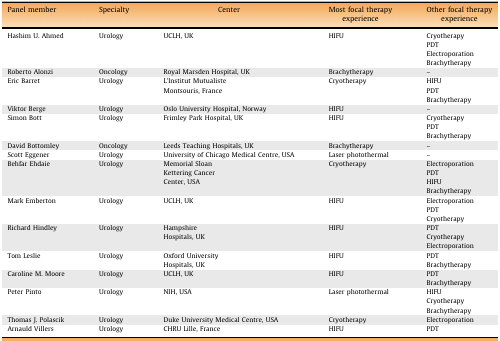
<table><thead><tr><td><b>Panel member</b></td><td><b>Specialty</b></td><td><b>Center</b></td><td><b>Most focal therapy experience</b></td><td><b>Other focal therapy experience</b></td></tr></thead><tbody><tr><td>Hashim U. Ahmed</td><td>Urology</td><td>UCLH, UK</td><td>HIFU</td><td>CryotherapyPDTElectroporationBrachytherapy</td></tr><tr><td>Roberto Alonzi</td><td>Oncology</td><td>Royal Marsden Hospital, UK</td><td>Brachytherapy</td><td>–</td></tr><tr><td>Eric Barret</td><td>Urology</td><td>L’Institut Mutualiste Montsouris, France</td><td>Cryotherapy</td><td>HIFUPDTBrachytherapy</td></tr><tr><td>Viktor Berge</td><td>Urology</td><td>Oslo University Hospital, Norway</td><td>HIFU</td><td>–</td></tr><tr><td>Simon Bott</td><td>Urology</td><td>Frimley Park Hospital, UK</td><td>HIFU</td><td>CryotherapyPDTBrachytherapy</td></tr><tr><td>David Bottomley</td><td>Oncology</td><td>Leeds Teaching Hospitals, UK</td><td>Brachytherapy</td><td>–</td></tr><tr><td>Scott Eggener</td><td>Urology</td><td>University of Chicago Medical Centre, USA</td><td>Laser photothermal</td><td>–</td></tr><tr><td>Behfar Ehdaie</td><td>Urology</td><td>Memorial Sloan Kettering Cancer Center, USA</td><td>Cryotherapy</td><td>ElectroporationPDTHIFUBrachytherapy</td></tr><tr><td>Mark Emberton</td><td>Urology</td><td>UCLH, UK</td><td>HIFU</td><td>ElectroporationPDTCryotherapy</td></tr><tr><td>Richard Hindley</td><td>Urology</td><td>Hampshire Hospitals, UK</td><td>HIFU</td><td>PDTCryotherapyElectroporation</td></tr><tr><td>Tom Leslie</td><td>Urology</td><td>Oxford University Hospitals, UK</td><td>HIFU</td><td>PDTBrachytherapy</td></tr><tr><td>Caroline M. Moore</td><td>Urology</td><td>UCLH, UK</td><td>HIFU</td><td>PDTBrachytherapy</td></tr><tr><td>Peter Pinto</td><td>Urology</td><td>NIH, USA</td><td>Laser photothermal</td><td>HIFUCryotherapyBrachytherapy</td></tr><tr><td>Thomas J. Polascik</td><td>Urology</td><td>Duke University Medical Centre, USA</td><td>Cryotherapy</td><td>Electroporation</td></tr><tr><td>Arnauld Villers</td><td>Urology</td><td>CHRU Lille, France</td><td>HIFU</td><td>PDT</td></tr></tbody></table>